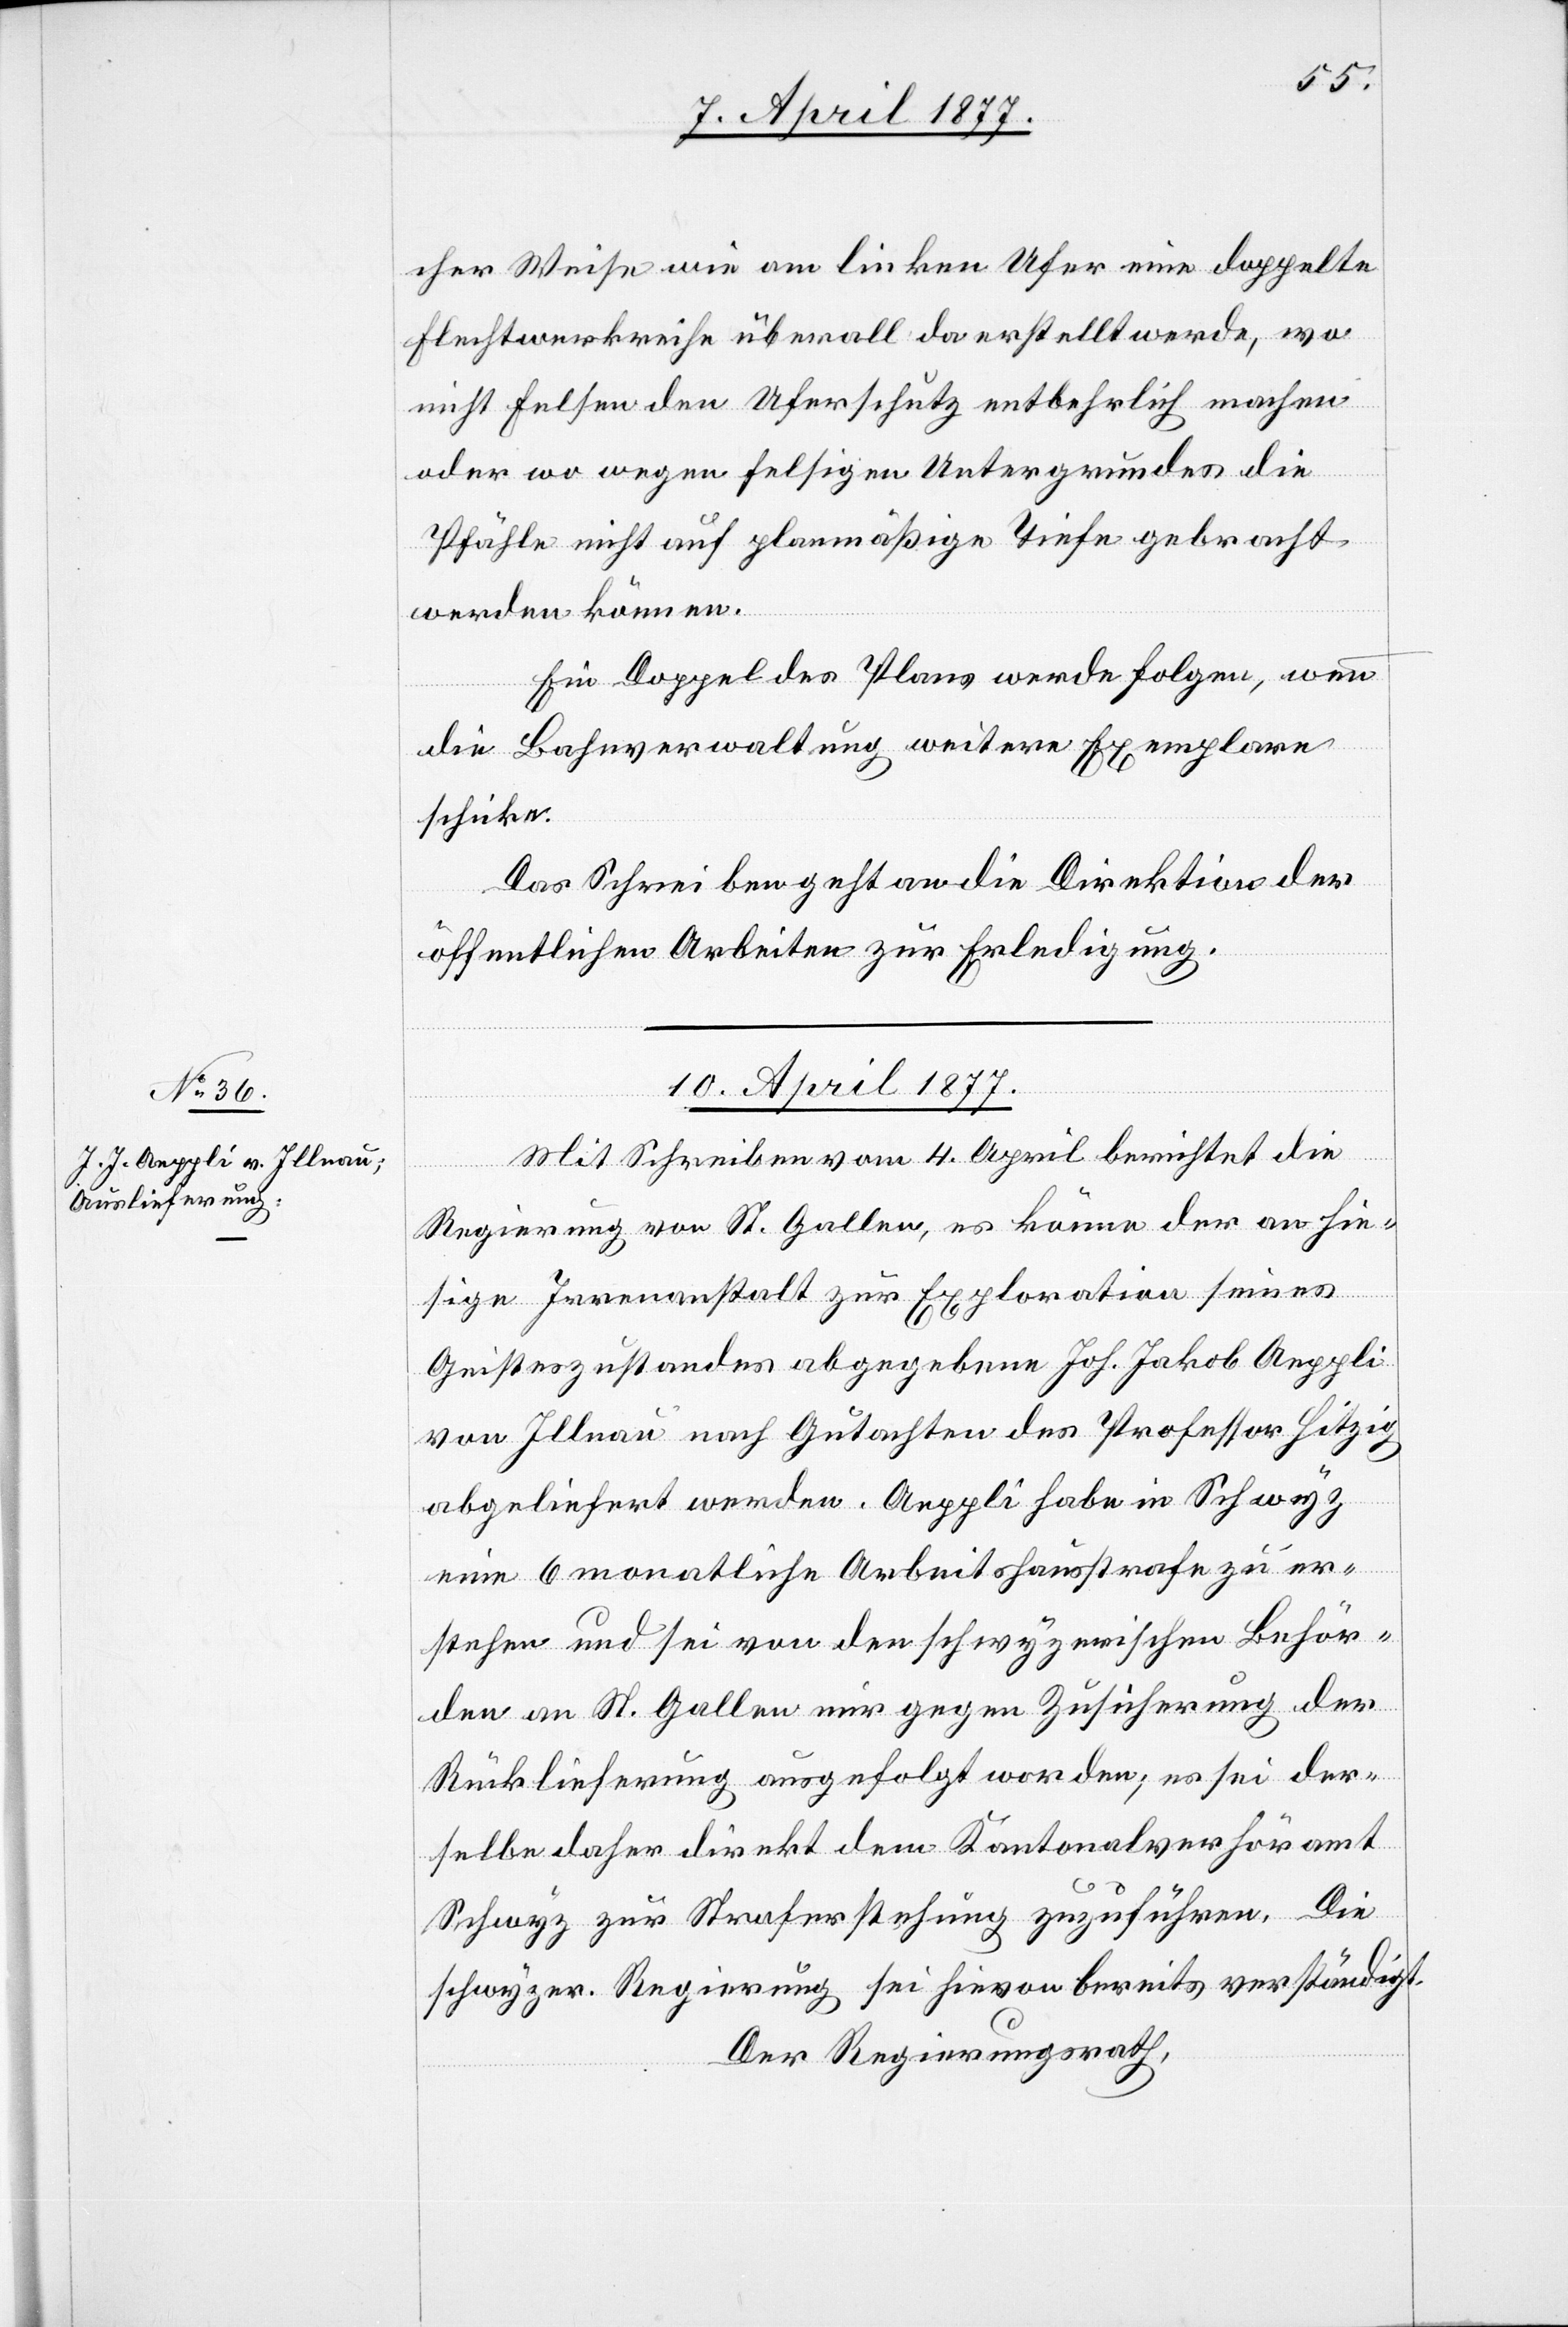
cher Weise wie am linken Ufer eine doppelte
Flechtwerkreihe überall da erstellt werde, wo
nicht Felsen den Uferschutz entbehrlich machen
oder wo wegen felsigen Untergrundes die
Pfähle nicht auf planmäßige Tiefe gebracht
werden können.
Ein Doppel des Plans werde folgen, wenn
die Bahnverwaltung weitere Exemplare
schicke.
Das Schreiben geht an die Direktion der
öffentlichen Arbeiten zur Erledigung.
10. April 1877.
Mit Schreiben vom 4. April berichtet die
Regierung von St. Gallen, es könne der an hie¬
sige Irrenanstalt zur Exploration seines
Geisteszustandes abgegebene Joh. Jakob Aeppli
von Illnau nach Gutachten des Professor Hitzig
abgeliefert werden. Aeppli habe in Schwyz
eine 6 monatliche Arbeitshausstrafe zu er¬
stehen und sei von den schwyzerischen Behör¬
den an St. Gallen nur gegen Zusicherung der
Rücklieferung ausgefolgt worden; es sei der¬
selbe daher direkt dem Kantonalverhöramt
Schwyz zur Straferstehung zuzuführen. Die
schwyzer. Regierung sei hievon bereits verständigt.
Der Regierungsrath,